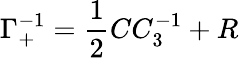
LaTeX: \Gamma_{+}^{-1}={\frac{1}{2}}CC_{3}^{-1}+R